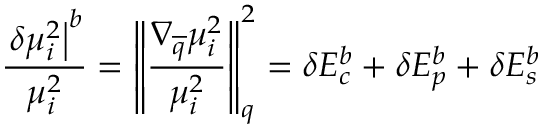
\frac { \left. \delta \mu _ { i } ^ { 2 } \right| ^ { b } } { \mu _ { i } ^ { 2 } } = \left\| \frac { \nabla _ { \overline { { q } } } \mu _ { i } ^ { 2 } } { \mu _ { i } ^ { 2 } } \right\| _ { q } ^ { 2 } = { \delta E _ { c } ^ { b } + \delta E _ { p } ^ { b } + \delta E _ { s } ^ { b } }